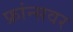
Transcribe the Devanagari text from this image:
फ्रांन्सवर